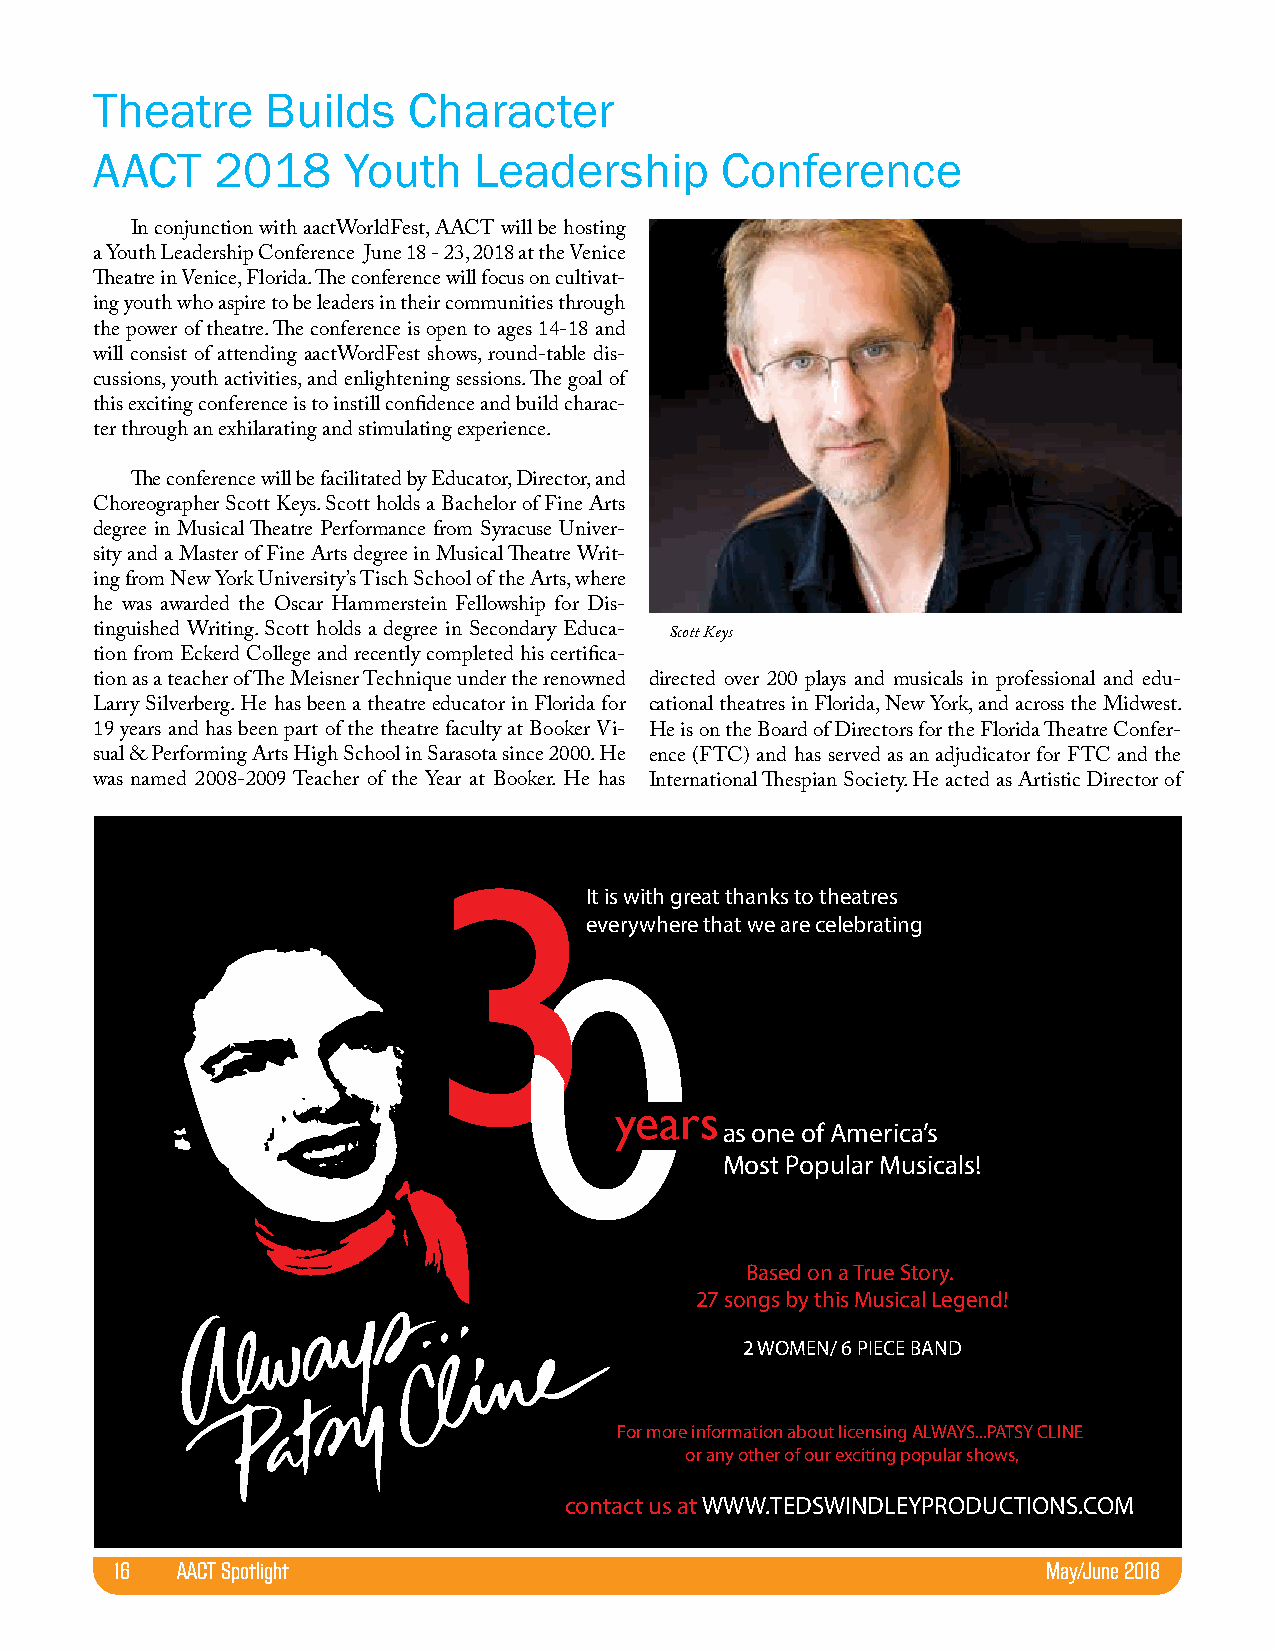
Theatre     Builds   Character
 AACT    2018     Youth   Leadership       Conference
 In conjunction with aactWorldFest, AACT will be hosting
 a Youth Leadership Conference June 18 - 23, 2018 at the Venice
 Theatre in Venice, Florida. The conference will focus on cultivat-
 ing youth who aspire to be leaders in their communities through
 the power of theatre. The conference is open to ages 14-18 and
 will consist of attending aactWordFest shows, round-table dis-
 cussions, youth activities, and enlightening sessions. The goal of
 this exciting conference is to instill confidence and build charac-
 ter through an exhilarating and stimulating experience.
 The conference will be facilitated by Educator, Director, and
 Choreographer Scott Keys. Scott holds a Bachelor of Fine Arts
 degree in Musical Theatre Performance from Syracuse Univer-
 sity and a Master of Fine Arts degree in Musical Theatre Writ-
 ing from New York University’s Tisch School of the Arts, where
 he was awarded the Oscar Hammerstein Fellowship for Dis-
 tinguished Writing. Scott holds a degree in Secondary Educa- Scott Keys
 tion from Eckerd College and recently completed his certifica-
 tion as a teacher of The Meisner Technique under the renowned directed over 200 plays and musicals in professional and edu-
 Larry Silverberg. He has been a theatre educator in Florida for cational theatres in Florida, New York, and across the Midwest.
 19 years and has been part of the theatre faculty at Booker Vi- He is on the Board of Directors for the Florida Theatre Confer-
 sual & Performing Arts High School in Sarasota since 2000. He ence (FTC) and has served as an adjudicator for FTC and the
 was named 2008-2009 Teacher of the Year at Booker. He has International Thespian Society. He acted as Artistic Director of
 It is with great thanks to theatres
 everywhere that we are celebrating
 years
 as one of America’s
 Most Popular Musicals!
 Based on a True Story.
 27 songs by this Musical Legend!
 2 WOMEN/ 6 PIECE BAND
 For more information about licensing ALWAYS...PATSY CLINE
 or any other of our exciting popular shows,
 contact us at WWW.TEDSWINDLEYPRODUCTIONS.COM
 16   AACT Spotlight                                           May/June 2018